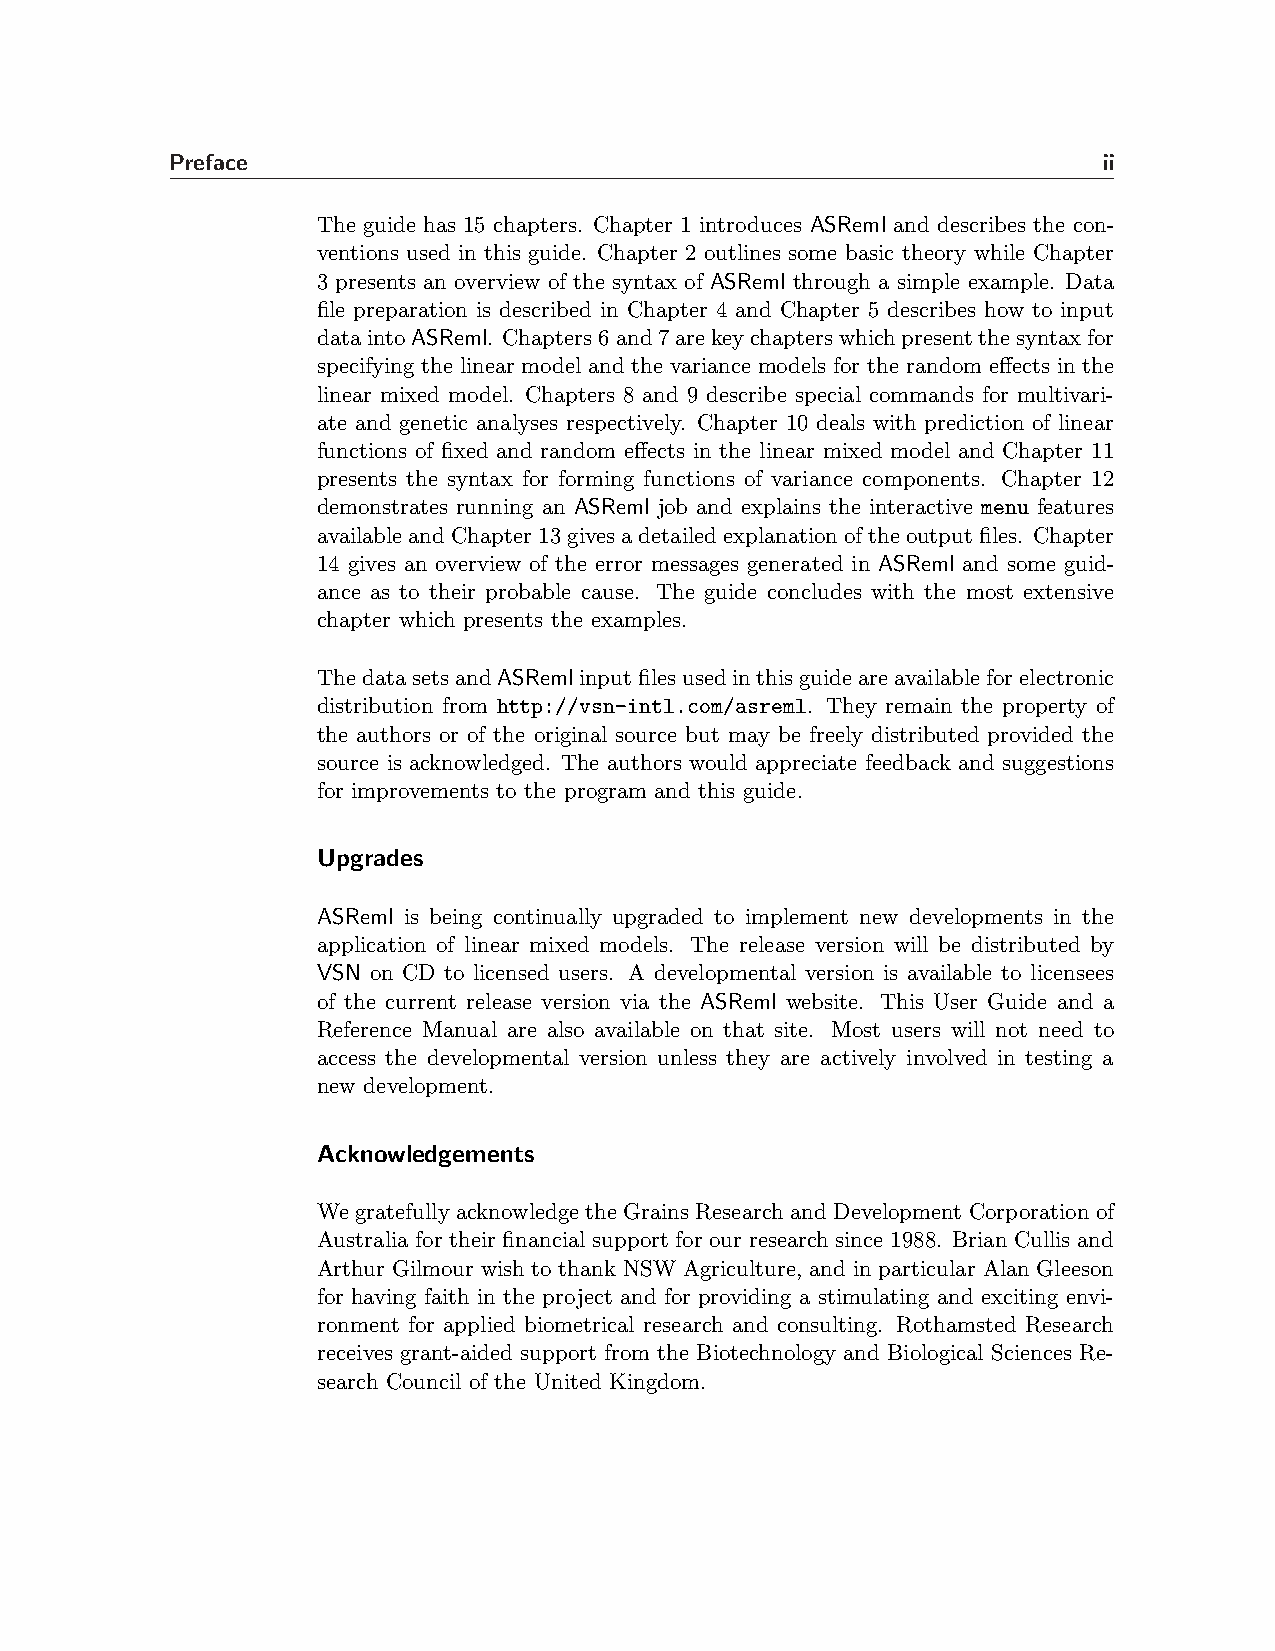
Preface                                                       ii
 The guide has 15 chapters. Chapter 1 introduces ASReml and describes the con-
 ventions used in this guide. Chapter 2 outlines some basic theory while Chapter
 3 presents an overview of the syntax of ASReml through a simple example. Data
 file preparation is described in Chapter 4 and Chapter 5 describes how to input
 dataintoASReml. Chapters6and7arekeychapterswhichpresentthesyntaxfor
 specifying the linear model and the variance models for the random effects in the
 linear mixed model. Chapters 8 and 9 describe special commands for multivari-
 ate and genetic analyses respectively. Chapter 10 deals with prediction of linear
 functions of fixed and random effects in the linear mixed model and Chapter 11
 presents the syntax for forming functions of variance components. Chapter 12
 demonstrates running an ASReml job and explains the interactive menu features
 availableandChapter13givesadetailedexplanationoftheoutputfiles. Chapter
 14 gives an overview of the error messages generated in ASReml and some guid-
 ance as to their probable cause. The guide concludes with the most extensive
 chapter which presents the examples.
 ThedatasetsandASRemlinputfilesusedinthisguideareavailableforelectronic
 distribution from http://vsn-intl.com/asreml. They remain the property of
 the authors or of the original source but may be freely distributed provided the
 source is acknowledged. The authors would appreciate feedback and suggestions
 for improvements to the program and this guide.
 Upgrades
 ASReml is being continually upgraded to implement new developments in the
 application of linear mixed models. The release version will be distributed by
 VSN on CD to licensed users. A developmental version is available to licensees
 of the current release version via the ASReml website. This User Guide and a
 Reference Manual are also available on that site. Most users will not need to
 access the developmental version unless they are actively involved in testing a
 new development.
 Acknowledgements
 We gratefully acknowledge the Grains Research and Development Corporation of
 Australia for their financial support for our research since 1988. Brian Cullis and
 Arthur Gilmour wish to thank NSW Agriculture, and in particular Alan Gleeson
 for having faith in the project and for providing a stimulating and exciting envi-
 ronment for applied biometrical research and consulting. Rothamsted Research
 receives grant-aided support from the Biotechnology and Biological Sciences Re-
 search Council of the United Kingdom.